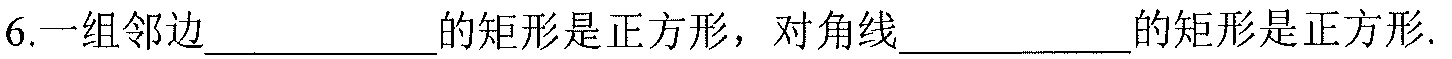
6.一组邻边\(\underline{\quad\quad}\)的矩形是正方形，对角线\(\underline{\quad\quad}\)的矩形是正方形.